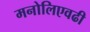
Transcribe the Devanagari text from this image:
मनोलिएवढी